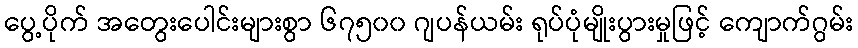
ပွေ့ပိုက် အတွေးပေါင်းများစွာ ၆၇၅၀၀ ဂျပန်ယမ်း ရုပ်ပုံမျိုးပွားမှုဖြင့် ကျောက်ဂွမ်း